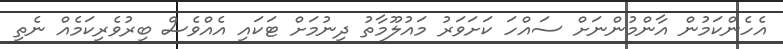
އެހެންކަމުން އާންމުންނަށް ސައްހަ ކަށަވަރު މައުލޫމާތު ދިނުމަށް ޓަކައި އެއްވެސް ބިރުވެރިކަމެއް ނެތި